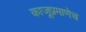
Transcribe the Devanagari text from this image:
काजूप्रमाणेच